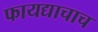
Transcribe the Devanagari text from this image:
फायद्याचाच